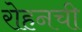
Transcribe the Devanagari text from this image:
रोहनची